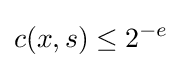
c(x,s)\leq 2^{-e}